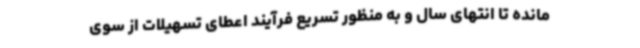
‌مانده تا انتهای سال و به منظور تسریع فرآیند اعطای تسهیلات از سوی